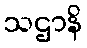
သဌာနိ